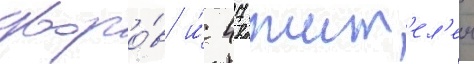
дворо́в и́ 47 жит'ел'еи